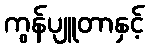
ကွန်ပျူတာနှင့်